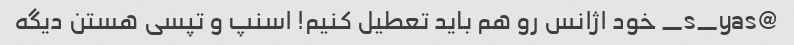
@s_yas_ خود اژانس رو هم باید تعطیل کنیم! اسنپ و تپسی هستن دیگه